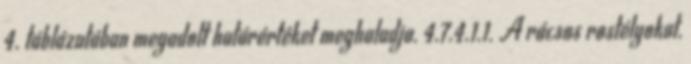
4. táblázatában megadott határértéket meghaladja. 4.7.4.1.1. A rácsos rostélyokat,